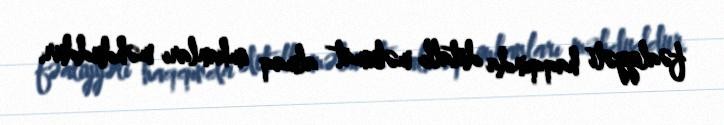
fəaliyyəti haqqında detallı məlumat almaq imkanları məhduddur.